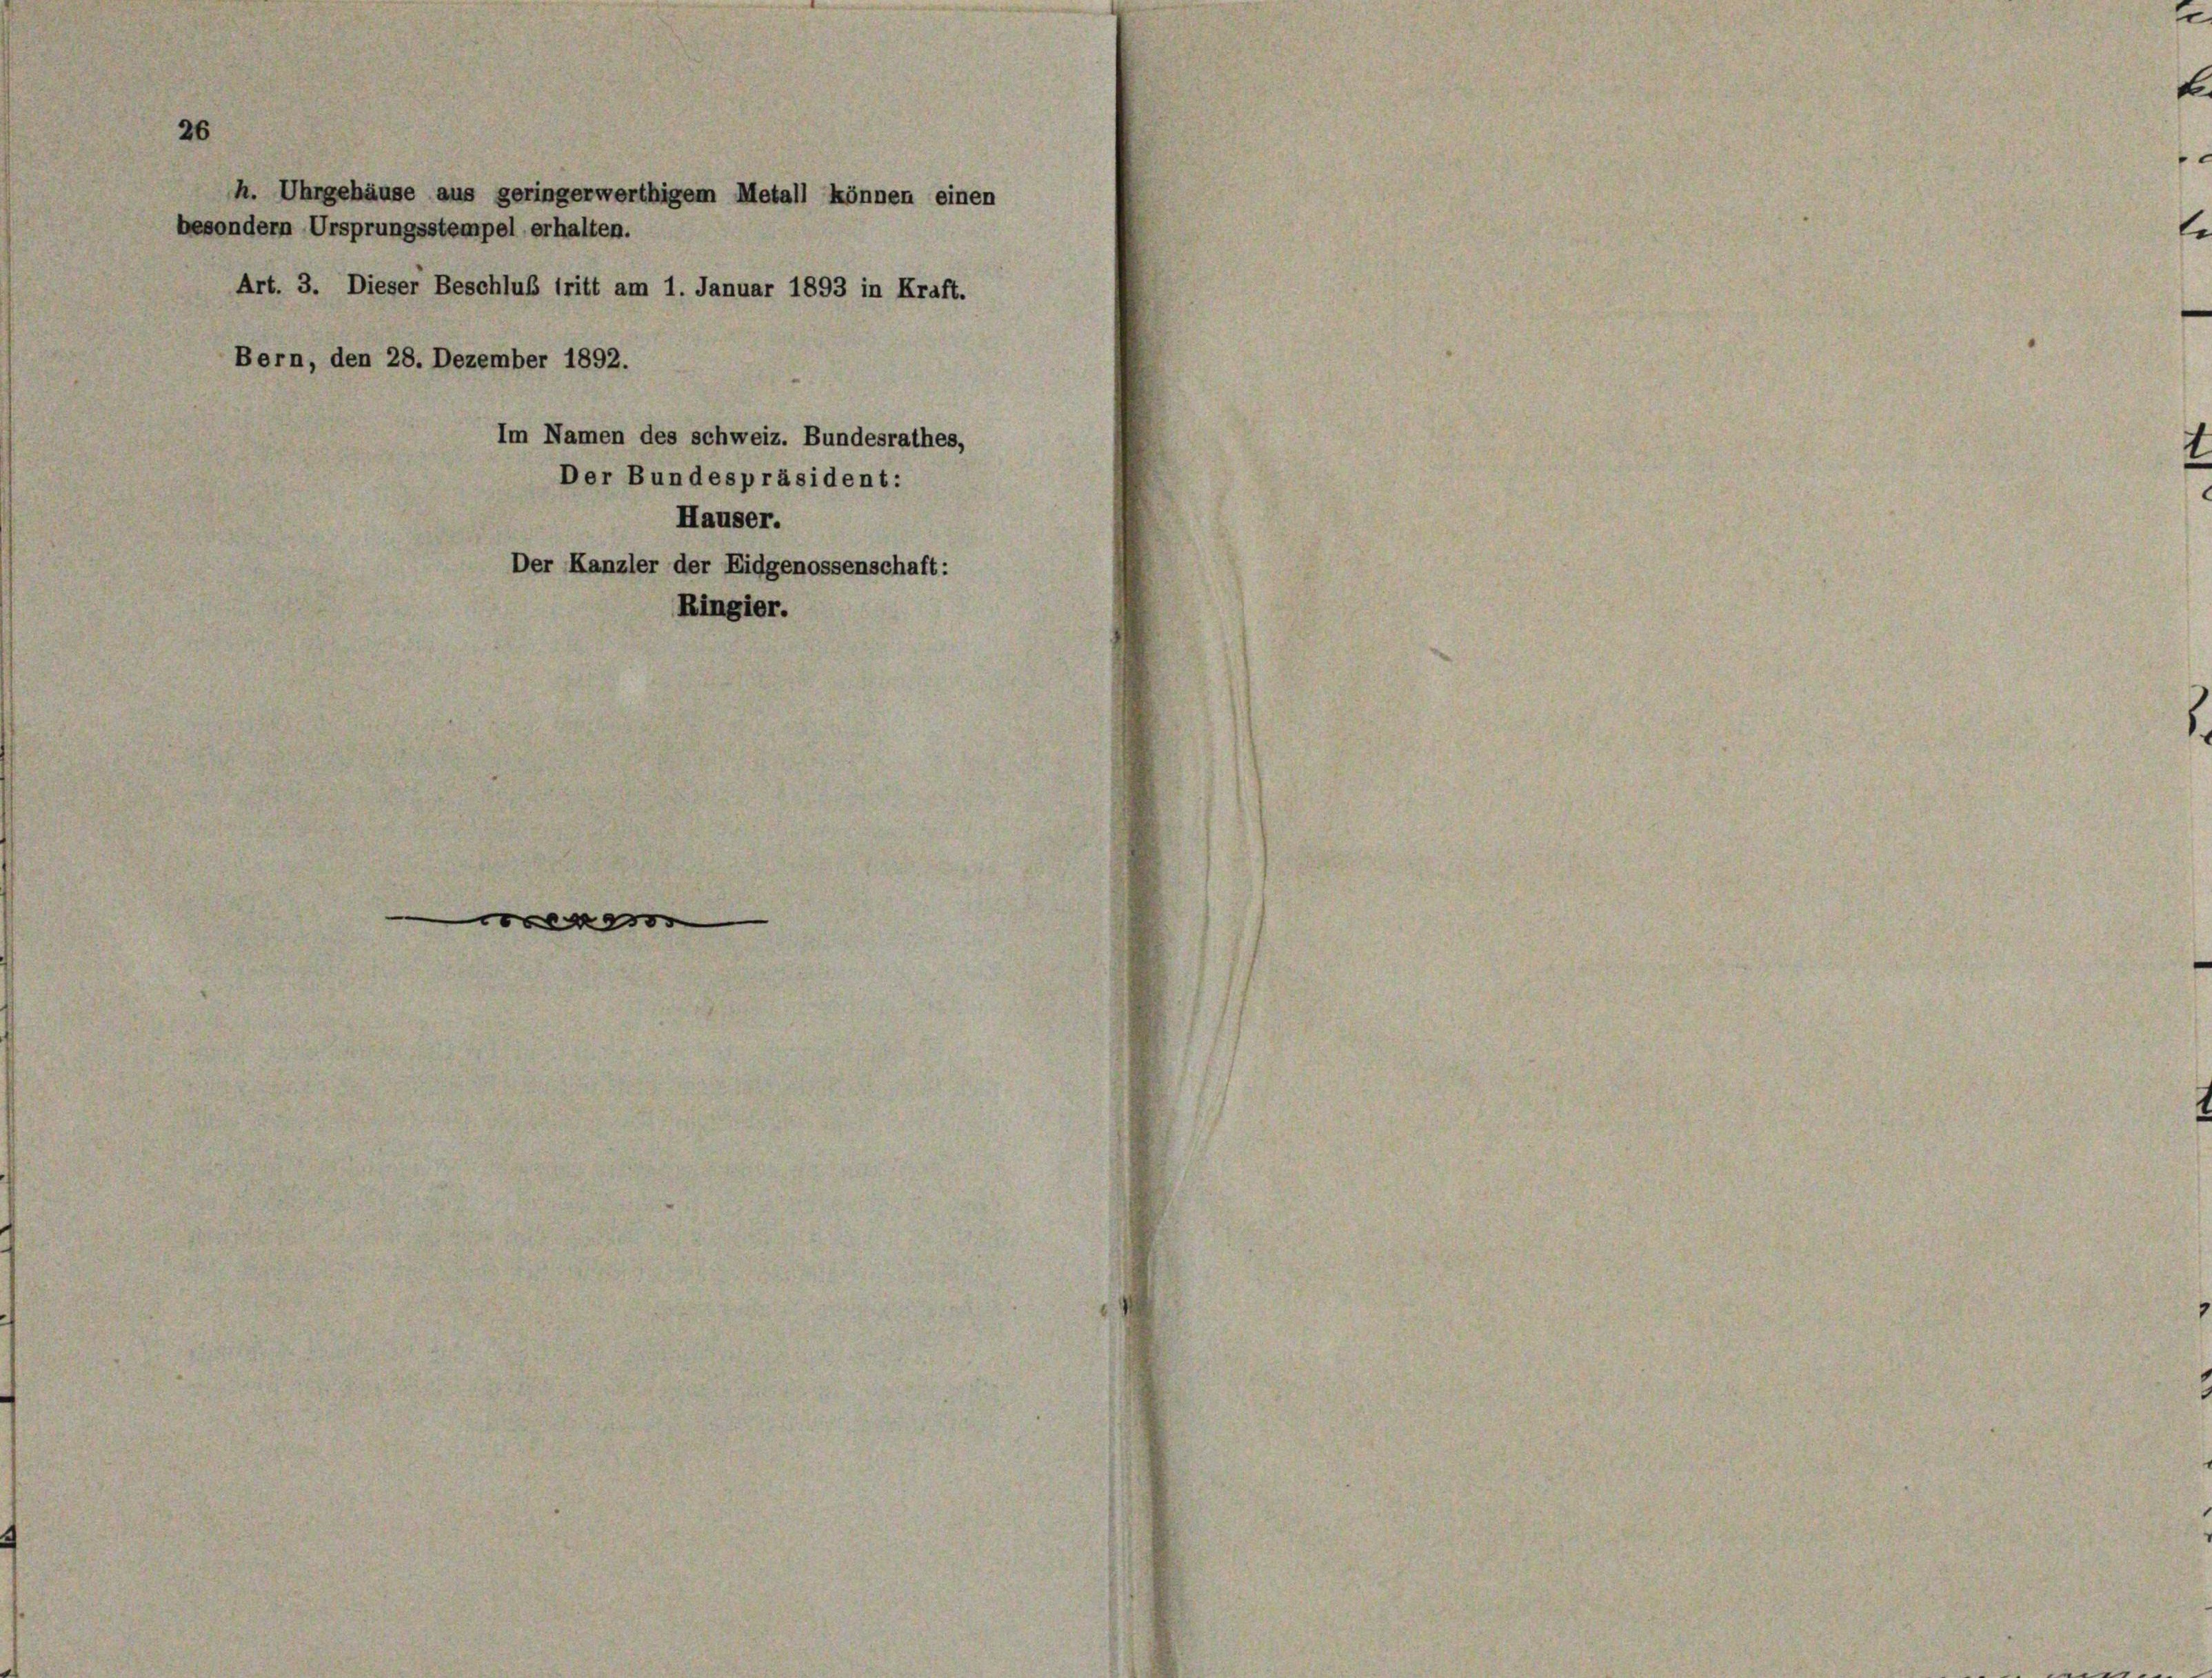
26

h. Uhrgehäuse aus geringerwerthigem Metall können einen
besondern Ursprungsstempel erhalten.
Art. 3. Dieser Beschluß tritt am 1. Januar 1893 in Kraft.
Bern, den 28. Dezember 1892.
Im Namen des schweiz. Bundesrathes,
Der Bundespräsident:
Hauser.
Der Kanzler der Eidgenossenschaft:
Ringier.

e

e